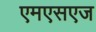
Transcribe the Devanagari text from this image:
एमएसएज